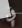
في